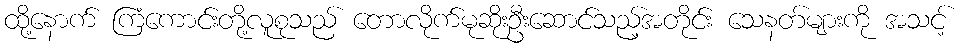
ထို့နောက် ကြံကောင်းတို့လူစုသည် တောလိုက်မုဆိုးဦးဆောင်သည့်အတိုင်း သေနတ်များကို အသင့်